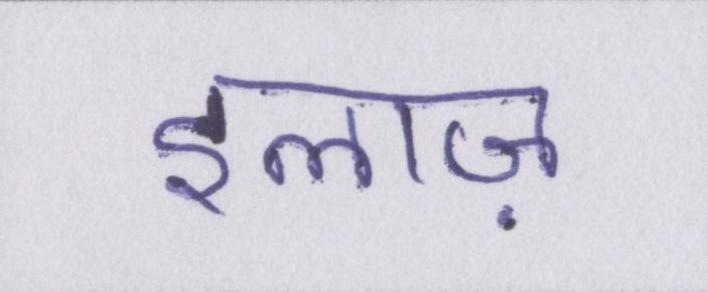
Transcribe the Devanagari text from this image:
इलाज़